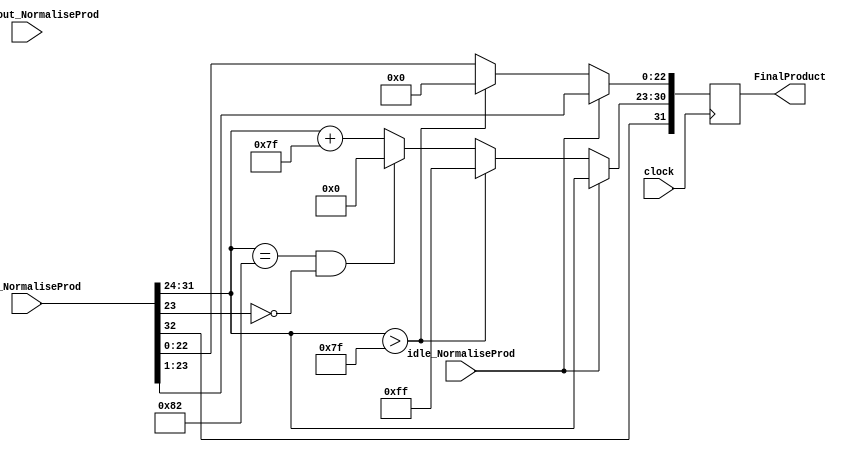
module Pack_z(
	input idle_NormaliseProd,
	input [32:0] zout_NormaliseProd,
	input [49:0] productout_NormaliseProd,
	input clock,
	output reg [31:0] FinalProduct
    );

parameter no_idle = 1'b0,
			 put_idle = 1'b1;

wire z_sign;
wire [7:0] z_exponent;
wire [26:0] z_mantissa;

assign z_sign = zout_NormaliseProd[32];
assign z_exponent = zout_NormaliseProd[31:24];
assign z_mantissa = {zout_NormaliseProd[23:0]};

always @ (posedge clock)
begin
	
	if (idle_NormaliseProd == no_idle)
	begin
        FinalProduct[22 : 0] <= z_mantissa[22:0];
        FinalProduct[30 : 23] <= z_exponent[7:0] + 127;
        FinalProduct[31] <= z_sign;
        if ($signed(z_exponent) == -126 && z_mantissa[23] == 0) begin
          FinalProduct[30 : 23] <= 0;
        end
        //if overflow occurs, return inf
        if ($signed(z_exponent) > 127) begin
          FinalProduct[22 : 0] <= 0;
          FinalProduct[30 : 23] <= 255;
          FinalProduct[31] <= z_sign;
        end
	end
	
	else begin
		FinalProduct <= zout_NormaliseProd[32:1];
	end
end

endmodule